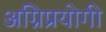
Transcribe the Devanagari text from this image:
अग्निप्रयोगी